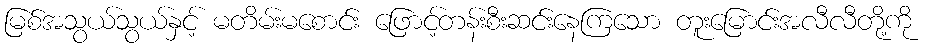
မြစ်အသွယ်သွယ်နှင့် မတိမ်းမစောင်း ဖြောင့်တန်းစီးဆင်းနေကြသော တူးမြောင်းအလီလီတို့ကို